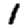
Digit: 1